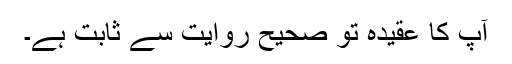
آپ کا عقیدہ تو صحیح روایت سے ثابت ہے۔